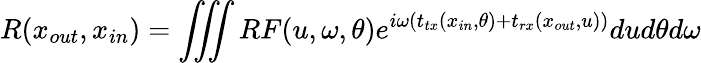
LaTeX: R(x_{out},x_{in})=\iiint{RF(u,\omega,\theta)e^{i\omega\left(t_{tx}(x_{in},\theta)+t_{rx}(x_{out},u)\right)}}dud\theta d\omega